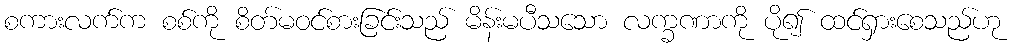
စကားလက်က စစ်ကို စိတ်မဝင်စားခြင်းသည် မိန်းမပီသသော လက္ခဏာကို ပို၍ ထင်ရှားစေသည်ဟု